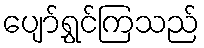
ပျော်ရွှင်ကြသည်